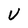
Character: U